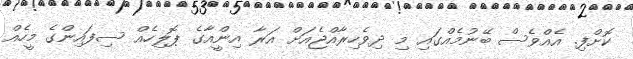
ކޮށްފި. އެއްވެސް ބޭނުމެއްގައި މި ދިވެހިރާއްޖެއަށް އަރާ އިންީއާގެ ޕޮލިހެއް ސިފައިންގެ މީހެއް